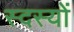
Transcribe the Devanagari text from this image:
स्दस्यों